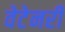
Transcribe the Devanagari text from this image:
वेटेनरी